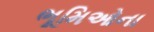
ભૂમિઓના